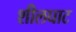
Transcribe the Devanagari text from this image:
शीलघाट